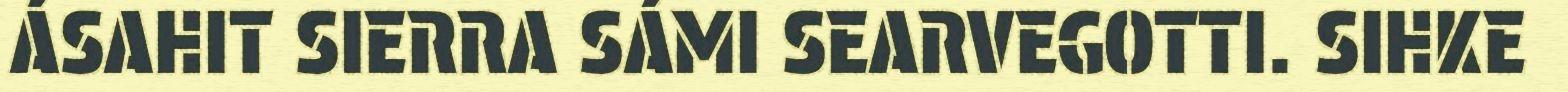
ÁSAHIT SIERRA SÁMI SEARVEGOTTI. SIHKE